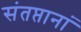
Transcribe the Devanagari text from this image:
संतप्तानां